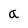
Character: a